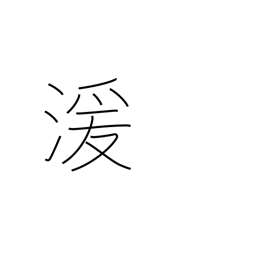
Meaning: flowing water